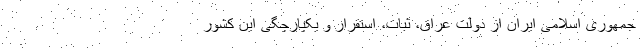
جمهوری اسلامی ایران از دولت عراق، ثبات، استقرار و یکپارچگی این کشور